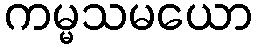
ကမ္မသမယော